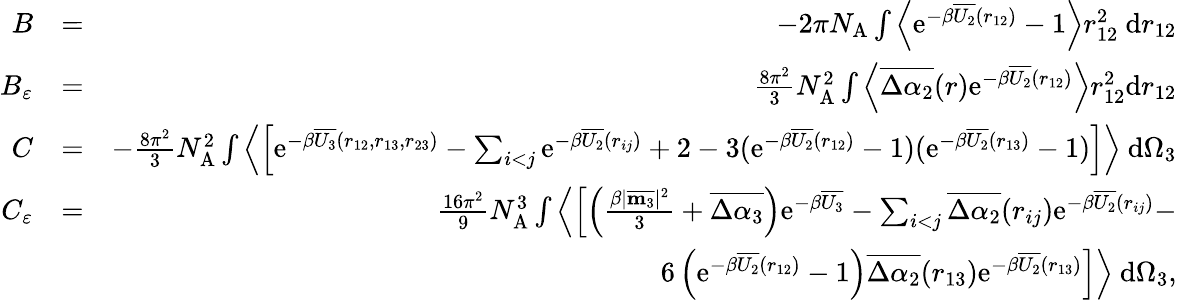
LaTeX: \begin{array}{rlr}{B}&{=}&{-2\pi N_{\mathrm{A}}\int\left\langle\mathrm{e}^{-\beta\overline{{U_{2}}}(r_{12})}-1\right\rangle r_{12}^{2}~\mathrm{d}r_{12}}\\ {B_{\varepsilon}}&{=}&{\frac{8\pi^{2}}{3}N_{\mathrm{A}}^{2}\int\left\langle\overline{{\Delta\alpha_{2}}}(r)\mathrm{e}^{-\beta\overline{{U_{2}}}(r_{12})}\right\rangle r_{12}^{2}\mathrm{d}r_{12}}\\ {C}&{=}&{-\frac{8\pi^{2}}{3}N_{\mathrm{A}}^{2}\int\left\langle\left[\mathrm{e}^{-\beta\overline{{U_{3}}}(r_{12},r_{13},r_{23})}-\sum_{i<j}\mathrm{e}^{-\beta\overline{{U_{2}}}(r_{ij})}+2-3(\mathrm{e}^{-\beta\overline{{U_{2}}}(r_{12})}-1)(\mathrm{e}^{-\beta\overline{{U_{2}}}(r_{13})}-1)\right]\right\rangle~\mathrm{d}\Omega_{3}}\\ {C_{\varepsilon}}&{=}&{\frac{16\pi^{2}}{9}N_{\mathrm{A}}^{3}\int\left\langle\left[\left(\frac{\beta|\overline{{\mathbf{m}_{3}}}|^{2}}{3}+\overline{{\Delta\alpha_{3}}}\right)\mathrm{e}^{-\beta\overline{{U_{3}}}}-\sum_{i<j}\overline{{\Delta\alpha_{2}}}(r_{ij})\mathrm{e}^{-\beta\overline{{U_{2}}}(r_{ij})}-\right.\right.}\\ &{}&{\left.\left.6\left(\mathrm{e}^{-\beta\overline{{U_{2}}}(r_{12})}-1\right)\overline{{\Delta\alpha_{2}}}(r_{13})\mathrm{e}^{-\beta\overline{{U_{2}}}(r_{13})}\right]\right\rangle~\mathrm{d}\Omega_{3},}\end{array}